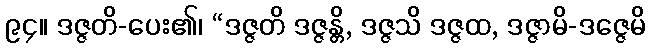
၉၄။ ဒဇ္ဇတိ-ပေး၏၊ “ဒဇ္ဇတိ ဒဇ္ဇန္တိ, ဒဇ္ဇသိ ဒဇ္ဇထ, ဒဇ္ဇာမိ-ဒဇ္ဇေမိ